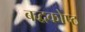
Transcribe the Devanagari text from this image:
बद्धकोष्ठ